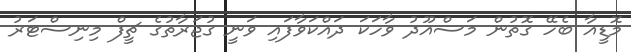
މޮޑީއާ ބެހޭ ގޮތުން މަސްއޫދު ވާހަކަ ދައްކަވާފައި ވަނީ ގުޖަރާތުގެ ޗީފް މިނިސްޓަރު